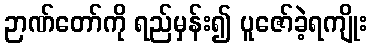
ဉာဏ်တော်ကို ရည်မှန်း၍ ပူဇော်ခဲ့ရကျိုး